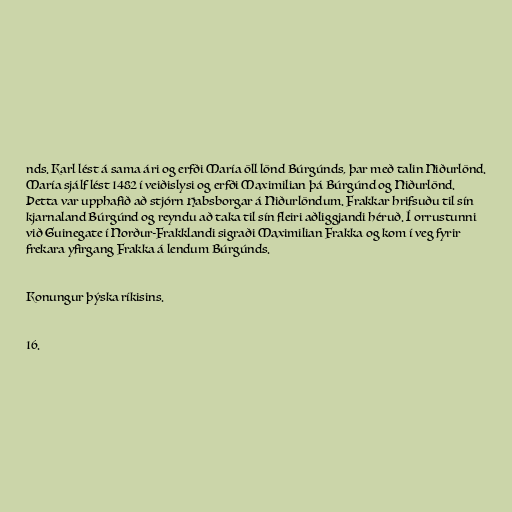
nds. Karl lést á sama ári og erfði María öll lönd Búrgúnds, þar með talin Niðurlönd.
María sjálf lést 1482 í veiðislysi og erfði Maximilian þá Búrgúnd og Niðurlönd.
Þetta var upphafið að stjórn Habsborgar á Niðurlöndum. Frakkar hrifsuðu til sín
kjarnaland Búrgúnd og reyndu að taka til sín fleiri aðliggjandi héruð. Í orrustunni
við Guinegate í Norður-Frakklandi sigraði Maximilian Frakka og kom í veg fyrir
frekara yfirgang Frakka á lendum Búrgúnds.

Konungur þýska ríkisins.

16.